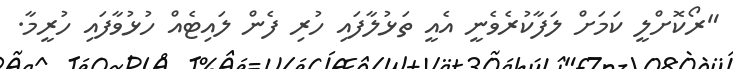
"ރޯކޮށްލީ ކަމަށް ލަފާކުރެވެނީ އެއީ ތަޅުލާފައި ހުރި ފެން ލައިޓެއް ހުޅުވާފައި ހުރީމާ.